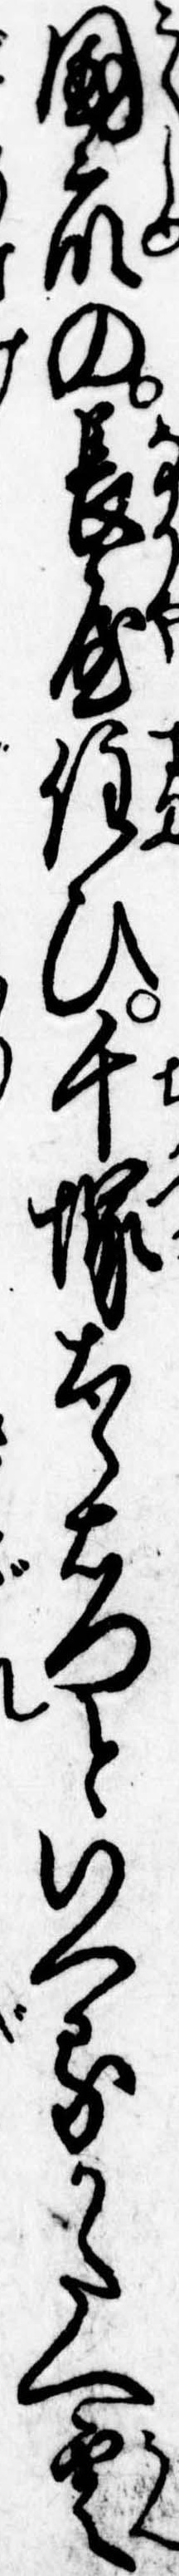
国衆の長屋住ひ千塚太郎右門といへるかたへ雲